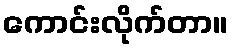
ကောင်းလိုက်တာ။